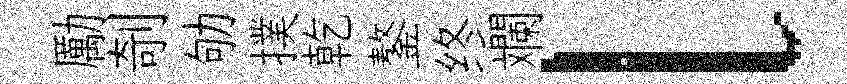
勵剞劬撲乾鏊终斕l